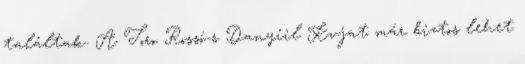
találtak. A Toro Rossó-s Danyiil Kvjat már biztos lehet